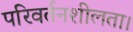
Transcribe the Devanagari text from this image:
परिवर्तनशीलता।